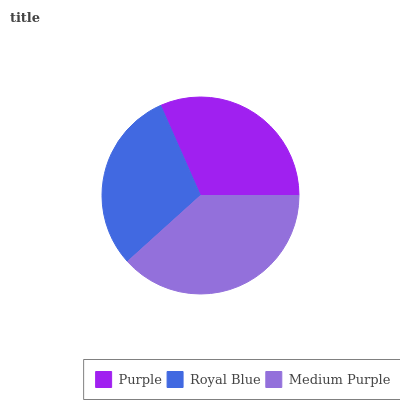
| Purple | Royal Blue | Medium Purple |
 | --- | --- | --- |
 | 31.6% | 30% | 38.3% |